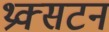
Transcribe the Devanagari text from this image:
थ्रक्सटन